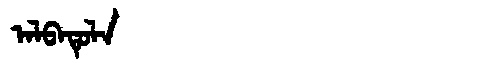
Manchu: ᠠᠯᠪᠠᡨᡠᠯᠠ
Romanization: ALBATULA